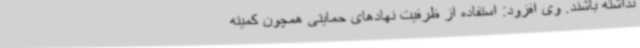
نداشته باشند. وی افزود: استفاده از ظرفیت نهادهای حمایتی همچون کمیته